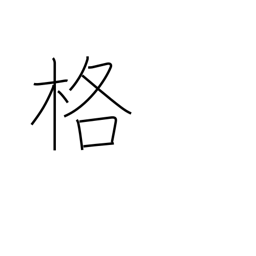
Meaning: capacity